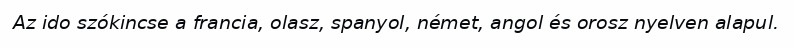
Az ido szókincse a francia, olasz, spanyol, német, angol és orosz nyelven alapul.